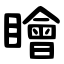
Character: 瞺